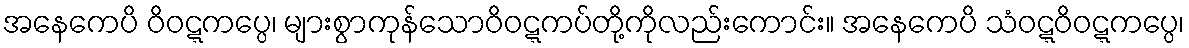
အနေကေပိ ဝိဝဋ္ဋကပ္ပေ၊ များစွာကုန်သောဝိဝဋ္ဋကပ်တို့ကိုလည်းကောင်း။ အနေကေပိ သံဝဋ္ဋဝိဝဋ္ဋကပ္ပေ၊